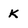
Character: K